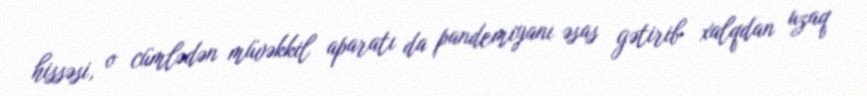
hissəsi, o cümlədən müvəkkil aparatı da pandemiyanı əsas gətirib xalqdan uzaq